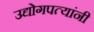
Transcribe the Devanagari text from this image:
उद्योगपत्यांनी